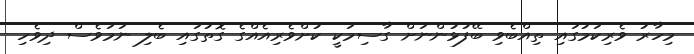
މިހާރު ވެރިކަމުގައި ތިއްބެވި ބޭފުޅުންނަށް ގާސިމަކީ ކުށްވެރިއެއްގެ ގޮތުގައި ބެލި ނަމަވެސް ދިވެހި